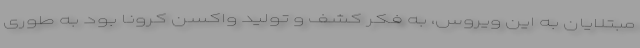
مبتلایان به این ویروس، به فکر کشف و تولید واکسن کرونا بود به طوری